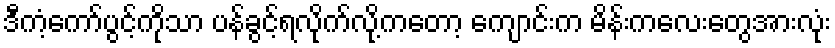
ဒီကံ့ကော်ပွင့်ကိုသာ ပန်ခွင့်ရလိုက်လို့ကတော့ ကျောင်းက မိန်းကလေးတွေအားလုံး